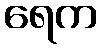
ရေက